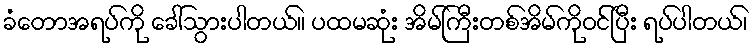
ခံတောအရပ်ကို ခေါ်သွားပါတယ်။ ပထမဆုံး အိမ်ကြီးတစ်အိမ်ကိုဝင်ပြီး ရပ်ပါတယ်၊